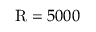
\mathrm { R } = 5 0 0 0